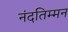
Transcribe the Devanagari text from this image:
नंदतिम्मन